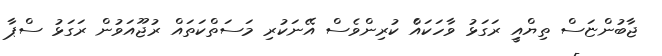
ޖާބުންޏަސް ތިޔްއިީ ރަގަޅު ވާހަކައެް ކުރިންވެސް އޭނަކުރި މަސަތްކަތައް ރުޖޫއަވުން ރަގަޅު ސްޕާ